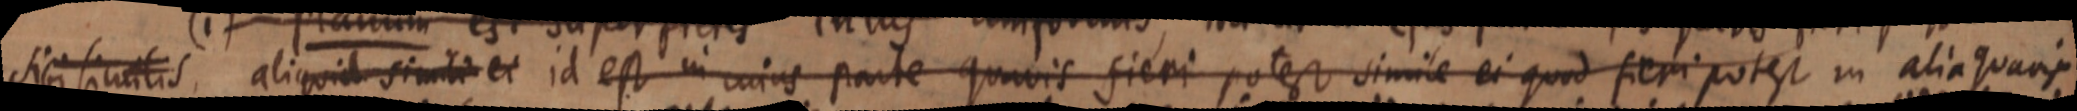
sibi similis aliquid simili et id est in cujus parte quavis fieri potest simile ei quod fieri potest in alia quaris